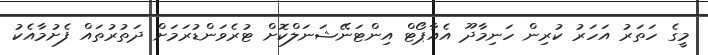
މީގެ ހަތަރު އަހަރު ކުރިން ހަނިމާދޫ އެއާޕޯޓް އިންޓަނޭޝަނަލްކޮށް ޓުރެވަންޑުރަމަށް ދަތުރުތައް ފެށުމާއެކު